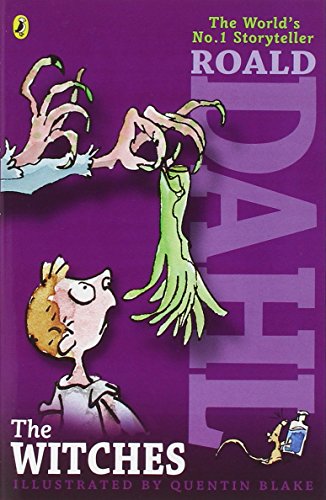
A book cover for The Witches; Roald Dahl; Children's Books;